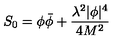
S _ { 0 } = \phi \bar { \phi } + \frac { \lambda ^ { 2 } | \phi | ^ { 4 } } { 4 M ^ { 2 } }